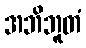
အဘိဘူတံ